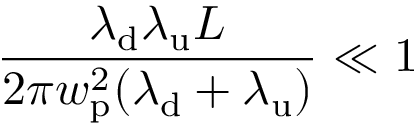
\frac { \lambda _ { \mathrm { d } } \lambda _ { \mathrm { u } } L } { 2 \pi w _ { \mathrm { p } } ^ { 2 } ( \lambda _ { \mathrm { d } } + \lambda _ { \mathrm { u } } ) } \ll 1